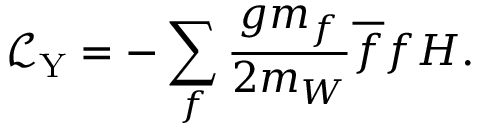
{ \mathcal { L } } _ { \mathrm { Y } } = - \sum _ { f } { \frac { g m _ { f } } { 2 m _ { W } } } { \overline { { f } } } f H .